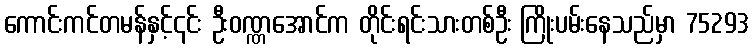
ကောင်းကင်တမန်နှင့်၎င်း ဦးဝဏ္ဏအောင်က တိုင်းရင်းသားတစ်ဦး ကြိုးပမ်းနေသည်မှာ 75293